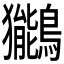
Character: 𫛖